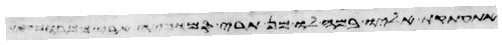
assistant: ואמרת אליו בהעלותך את הנרות